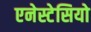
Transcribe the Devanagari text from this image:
एनेस्टेसियो